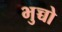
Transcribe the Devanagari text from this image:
भुच्चो